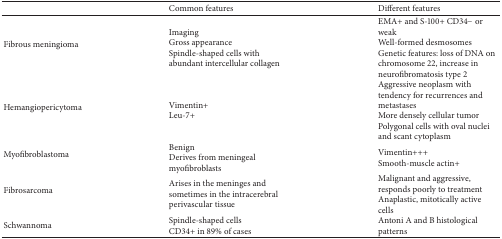
|  | Common features | Different features |
 | --- | --- | --- |
 | Fibrous meningioma | Imaging Gross appearance Spindle-shaped cells with abundant intercellular collagen | EMA+ and S-100+ CD34− or weakWell-formed desmosomes Genetic features: loss of DNA on chromosome 22, increase in neurofibromatosis type 2 |
 | Hemangiopericytoma | Vimentin+Leu-7+ | Aggressive neoplasm with tendency for recurrences and metastases More densely cellular tumor Polygonal cells with oval nuclei and scant cytoplasm |
 | Myofibroblastoma | Benign Derives from meningeal myofibroblasts | Vimentin+++Smooth-muscle actin+ |
 | Fibrosarcoma | Arises in the meninges and sometimes in the intracerebral perivascular tissue | Malignant and aggressive, responds poorly to treatmentAnaplastic, mitotically active cells |
 | Schwannoma | Spindle-shaped cells CD34+ in 89% of cases | Antoni A and B histological patterns |